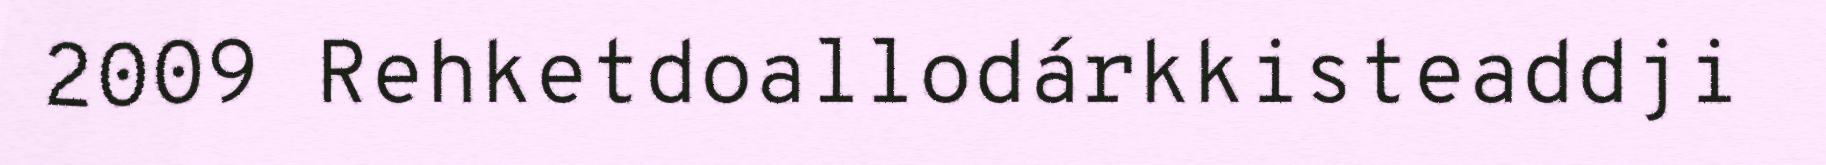
2009 Rehketdoallodárkkisteaddji